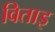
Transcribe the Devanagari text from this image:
विताइ